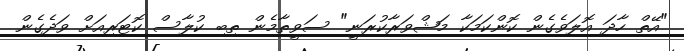
"އޭތް ހާދަ އޮލަވެގެން ކޮންކަމަކާ މަޝްވަރާކުރަނީ" ސަވީތާމެން ތިބި ކުލާސް ކޮޓަރިއަށް ވަދެގެން